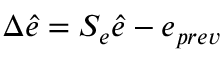
\Delta \hat { e } = S _ { e } \hat { e } - e _ { p r e v }